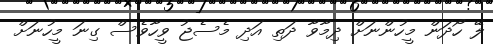
ލޭ ހޯދަން މީހުންނަށް ދިމާވާ ދަތި އަދި މެސެޖު ވީހާވެސް ގިނަ މީހުނަށް